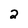
Character: 2